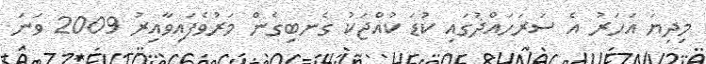
މިދިޔަ އަހަރު އެ ސަރަހައްދުގައި ކުޑަ ކުއްޖަކު ގެނބިގެން މަރުވެފައިވާއިރު 2009 ވަނަ